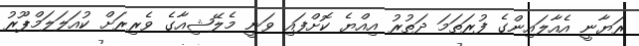
ރަޔާނީ އެއާލައިންގެ ފުރަތަމަ ދަތުރު އިއްޔެ ކޮށްފައި ވަނީ މެލޭޝިއާގެ ވެރިރަށް ކުއަލަލަމްޕޫރު